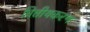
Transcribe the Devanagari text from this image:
वित्तीयकरण